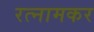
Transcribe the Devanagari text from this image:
रत्नामकर